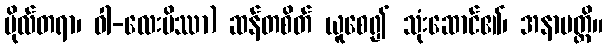
ပိုလ်တရာ၊ ဝါ-လေးပိဿာ) ဆန်တစိတ် ယူစေ၍ သုံးဆောင်၏၊ အနာပတ္တိ။